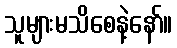
သူများမသိစေနဲ့နော်။